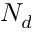
N _ { d }